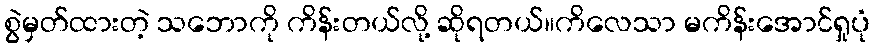
စွဲမှတ်ထားတဲ့ သဘောကို ကိန်းတယ်လို့ ဆိုရတယ်။ကိလေသာ မကိန်းအောင်ရှုပုံ